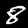
Digit: 8